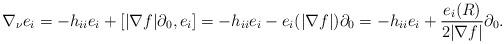
LaTeX: \begin{align*}\nabla_{\nu}e_i=-h_{ii}e_i+[|\nabla f|\partial_0,e_i]=-h_{ii}e_i-e_i(|\nabla f|)\partial_0=-h_{ii}e_i+\frac{e_i(R)}{2|\nabla f|}\partial_0.\end{align*}